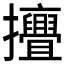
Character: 𱡔